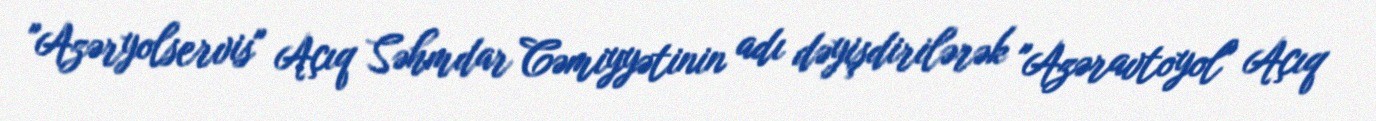
"Azəryolservis" Açıq Səhmdar Cəmiyyətinin adı dəyişdirilərək "Azəravtoyol" Açıq